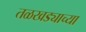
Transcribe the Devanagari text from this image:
तळखड्याच्या